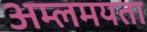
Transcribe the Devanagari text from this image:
अम्लमयता